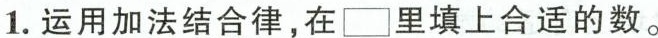
1.运用加法结合律，在\square里填上合适的数。